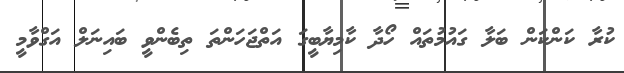
ކުރާ ކަންކަން ބަލާ ގައުމުތައް ހޯދާ ކާމިޔާބީގަ އަތްޖަހަންތަ ތިބެންވީ ބައިނަލް އަގްވާމީ